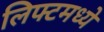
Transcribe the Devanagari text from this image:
लिफ्टमध्ये